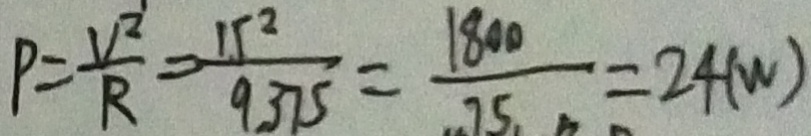
P = \frac { V ^ { 2 } } { R } = \frac { 1 5 ^ { 2 } } { 9 3 7 5 } = \frac { 1 8 0 0 } { 7 5 } = 2 4 ( w )